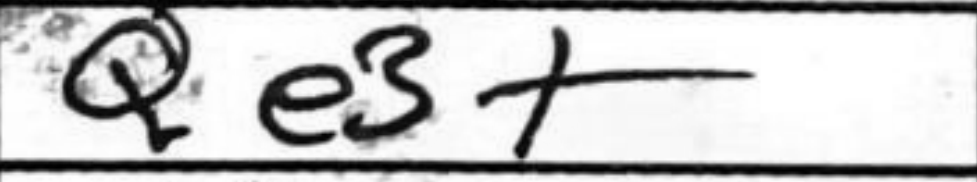
Transcription: Qe3+